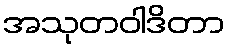
အသုတဝါဒိတာ